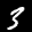
Label: 3